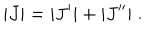
| J | = | J ^ { \prime } | + | J ^ { \prime \prime } | \; .